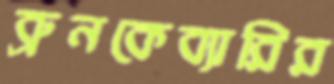
ব্রুনকেব্যারির